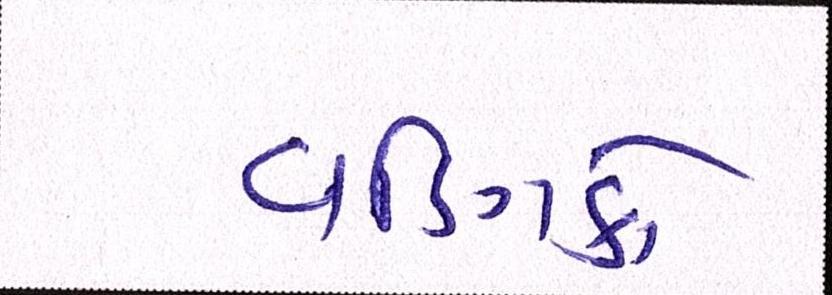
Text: વણિકો